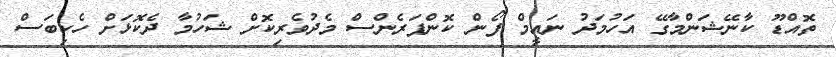
ތޮއްޑޫ ކާނޭޝަންމާގޭ އަހުމަދު ނައީމް ފޯން ކޮންފަރެންސް މެދުވެރިކޮށް ޝަހުމާ ދެކޮޅަށް ހެކިބަސް